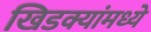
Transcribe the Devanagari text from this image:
खिडक्यांमध्ये